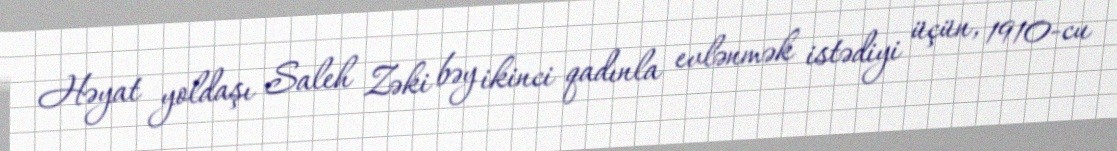
Həyat yoldaşı Saleh Zəki bəy ikinci qadınla evlənmək istədiyi üçün, 1910-cu